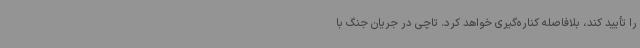
را تأیید کند، بلافاصله کناره‌گیری خواهد کرد. تاچی در جریان جنگ با